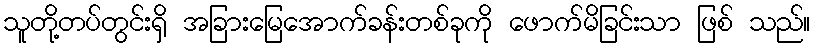
သူတို့တပ်တွင်းရှိ အခြားမြေအောက်ခန်းတစ်ခုကို ဖောက်မိခြင်းသာ ဖြစ် သည်။